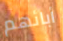
أبائهم